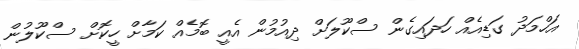
އަހްމަދު ގަޑިއެއް ހަދައިގެން ސްކޫލަށް ދިއުމުން އެއީ ބޮމެއް ކަމާށް ހީކޮށް ސްކޫލުން